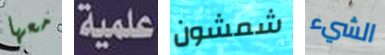
معها علمية شمشون الشيء